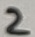
Text: 2